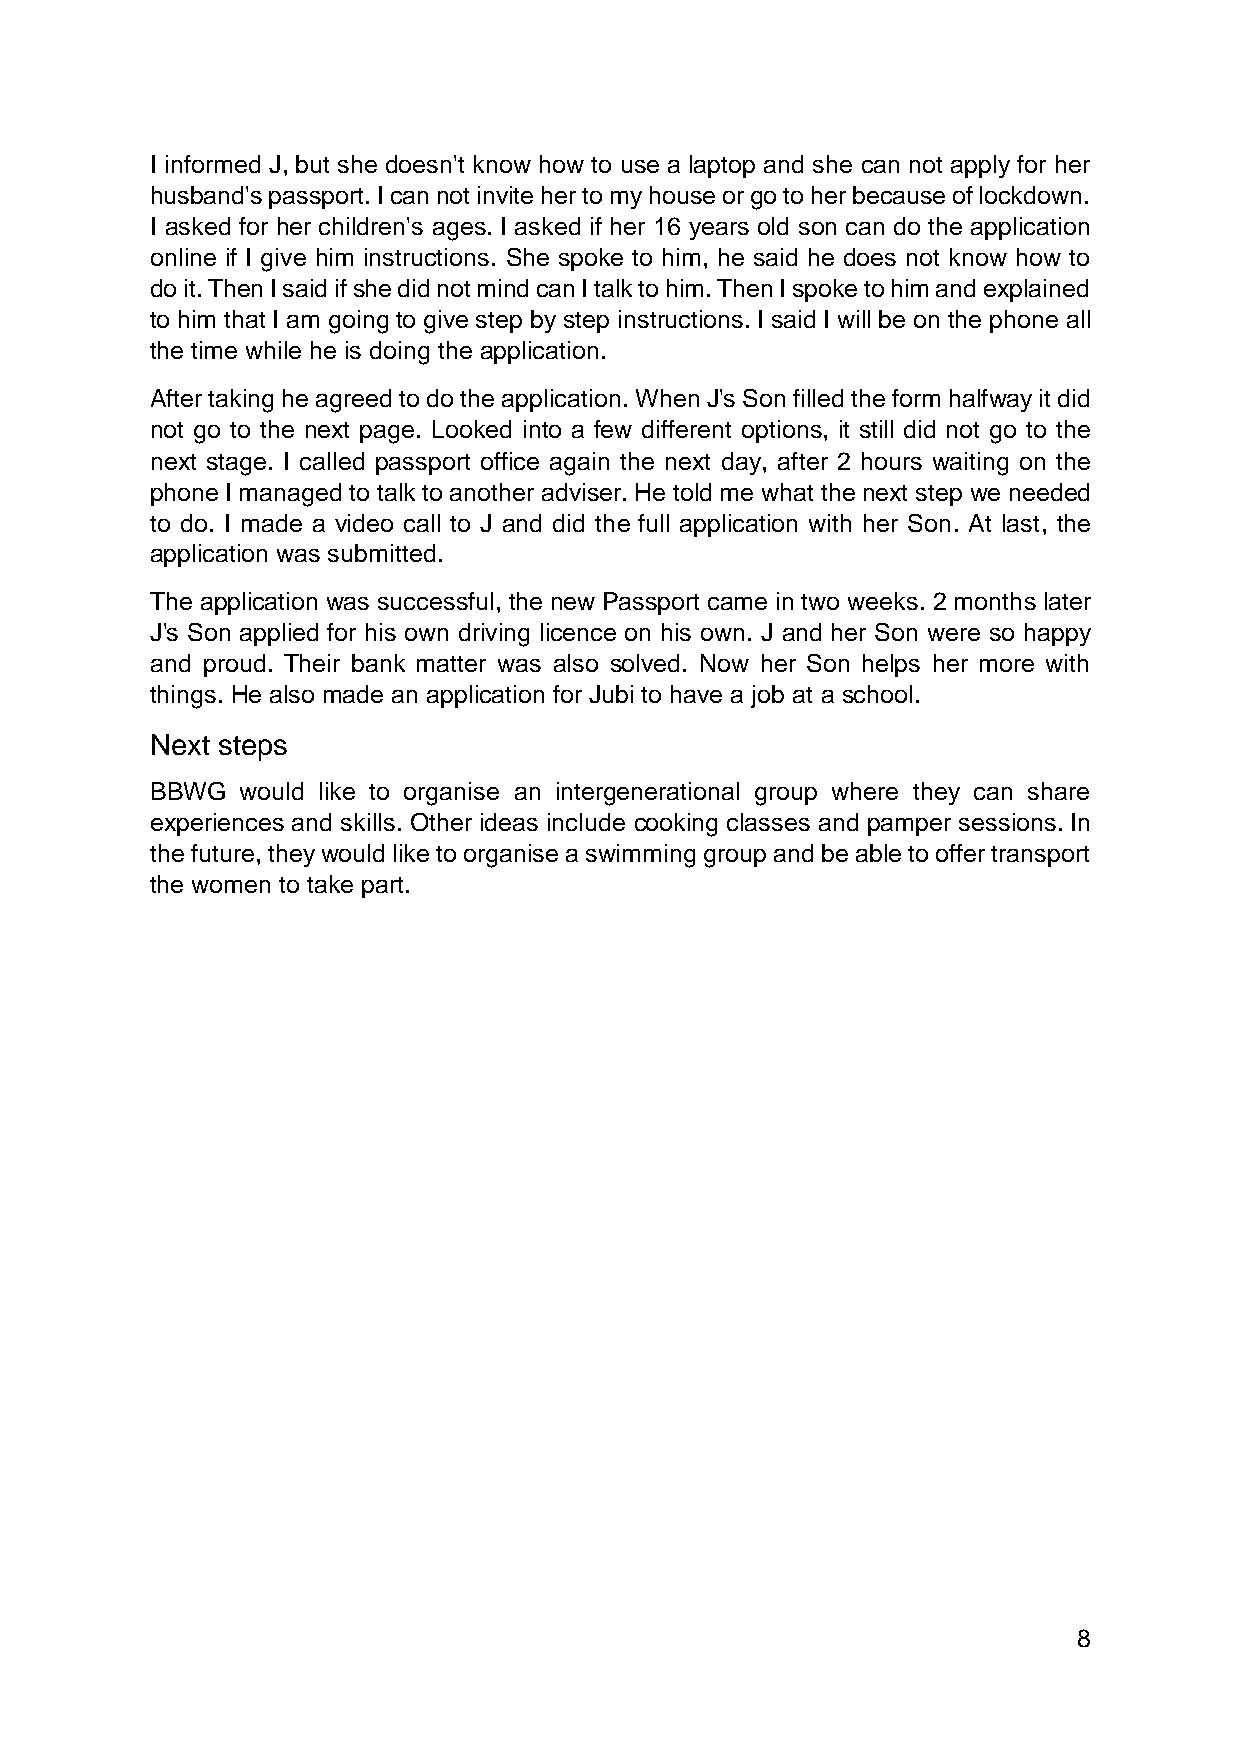
I informed J, but she doesn't know how to use a laptop and she can not apply for her
 husband's passport. I can not invite her to my house or go to her because of lockdown.
 I asked for her children's ages. I asked if her 16 years old son can do the application
 online if I give him instructions. She spoke to him, he said he does not know how to
 do it. Then I said if she did not mind can I talk to him. Then I spoke to him and explained
 to him that I am going to give step by step instructions. I said I will be on the phone all
 the time while he is doing the application.
 After taking he agreed to do the application. When J's Son filled the form halfway it did
 not go to the next page. Looked into a few different options, it still did not go to the
 next stage. I called passport office again the next day, after 2 hours waiting on the
 phone I managed to talk to another adviser. He told me what the next step we needed
 to do. I made a video call to J and did the full application with her Son. At last, the
 application was submitted.
 The application was successful, the new Passport came in two weeks. 2 months later
 J's Son applied for his own driving licence on his own. J and her Son were so happy
 and proud. Their bank matter was also solved. Now her Son helps her more with
 things. He also made an application for Jubi to have a job at a school.
 Next steps
 BBWG  would like to organise an intergenerational group where they can share
 experiences and skills. Other ideas include cooking classes and pamper sessions. In
 the future, they would like to organise a swimming group and be able to offer transport
 the women to take part.
 8